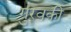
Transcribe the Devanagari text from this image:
गुरवकी